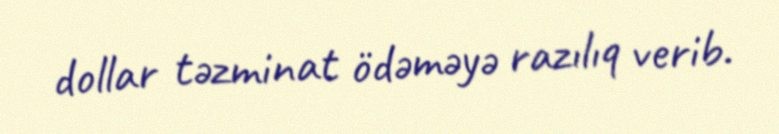
dollar təzminat ödəməyə razılıq verib.